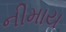
નીમાય